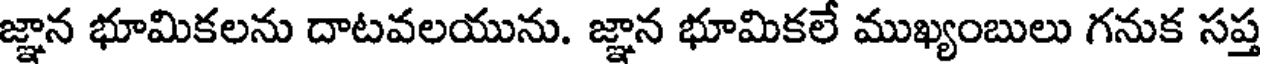
జ్ఞాన భూమికలను దాటవలయును. జ్ఞాన భూమికలే ముఖ్యంబులు గనుక సప్త